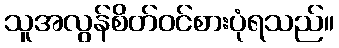
သူအလွန်စိတ်ဝင်စားပုံရသည်။